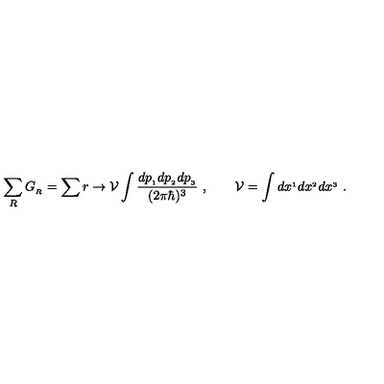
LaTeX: \sum _ { R } G _ { _ R } = \sum r \rightarrow { \cal V } \int { \frac { d p _ { _ 1 } d p _ { _ 2 } d p _ { _ 3 } } { ( 2 \pi \hbar ) ^ { 3 } } } \ , \qquad { \cal V } = \int d x ^ { _ 1 } d x ^ { _ 2 } d x ^ { _ 3 } \ .